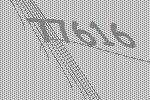
77616